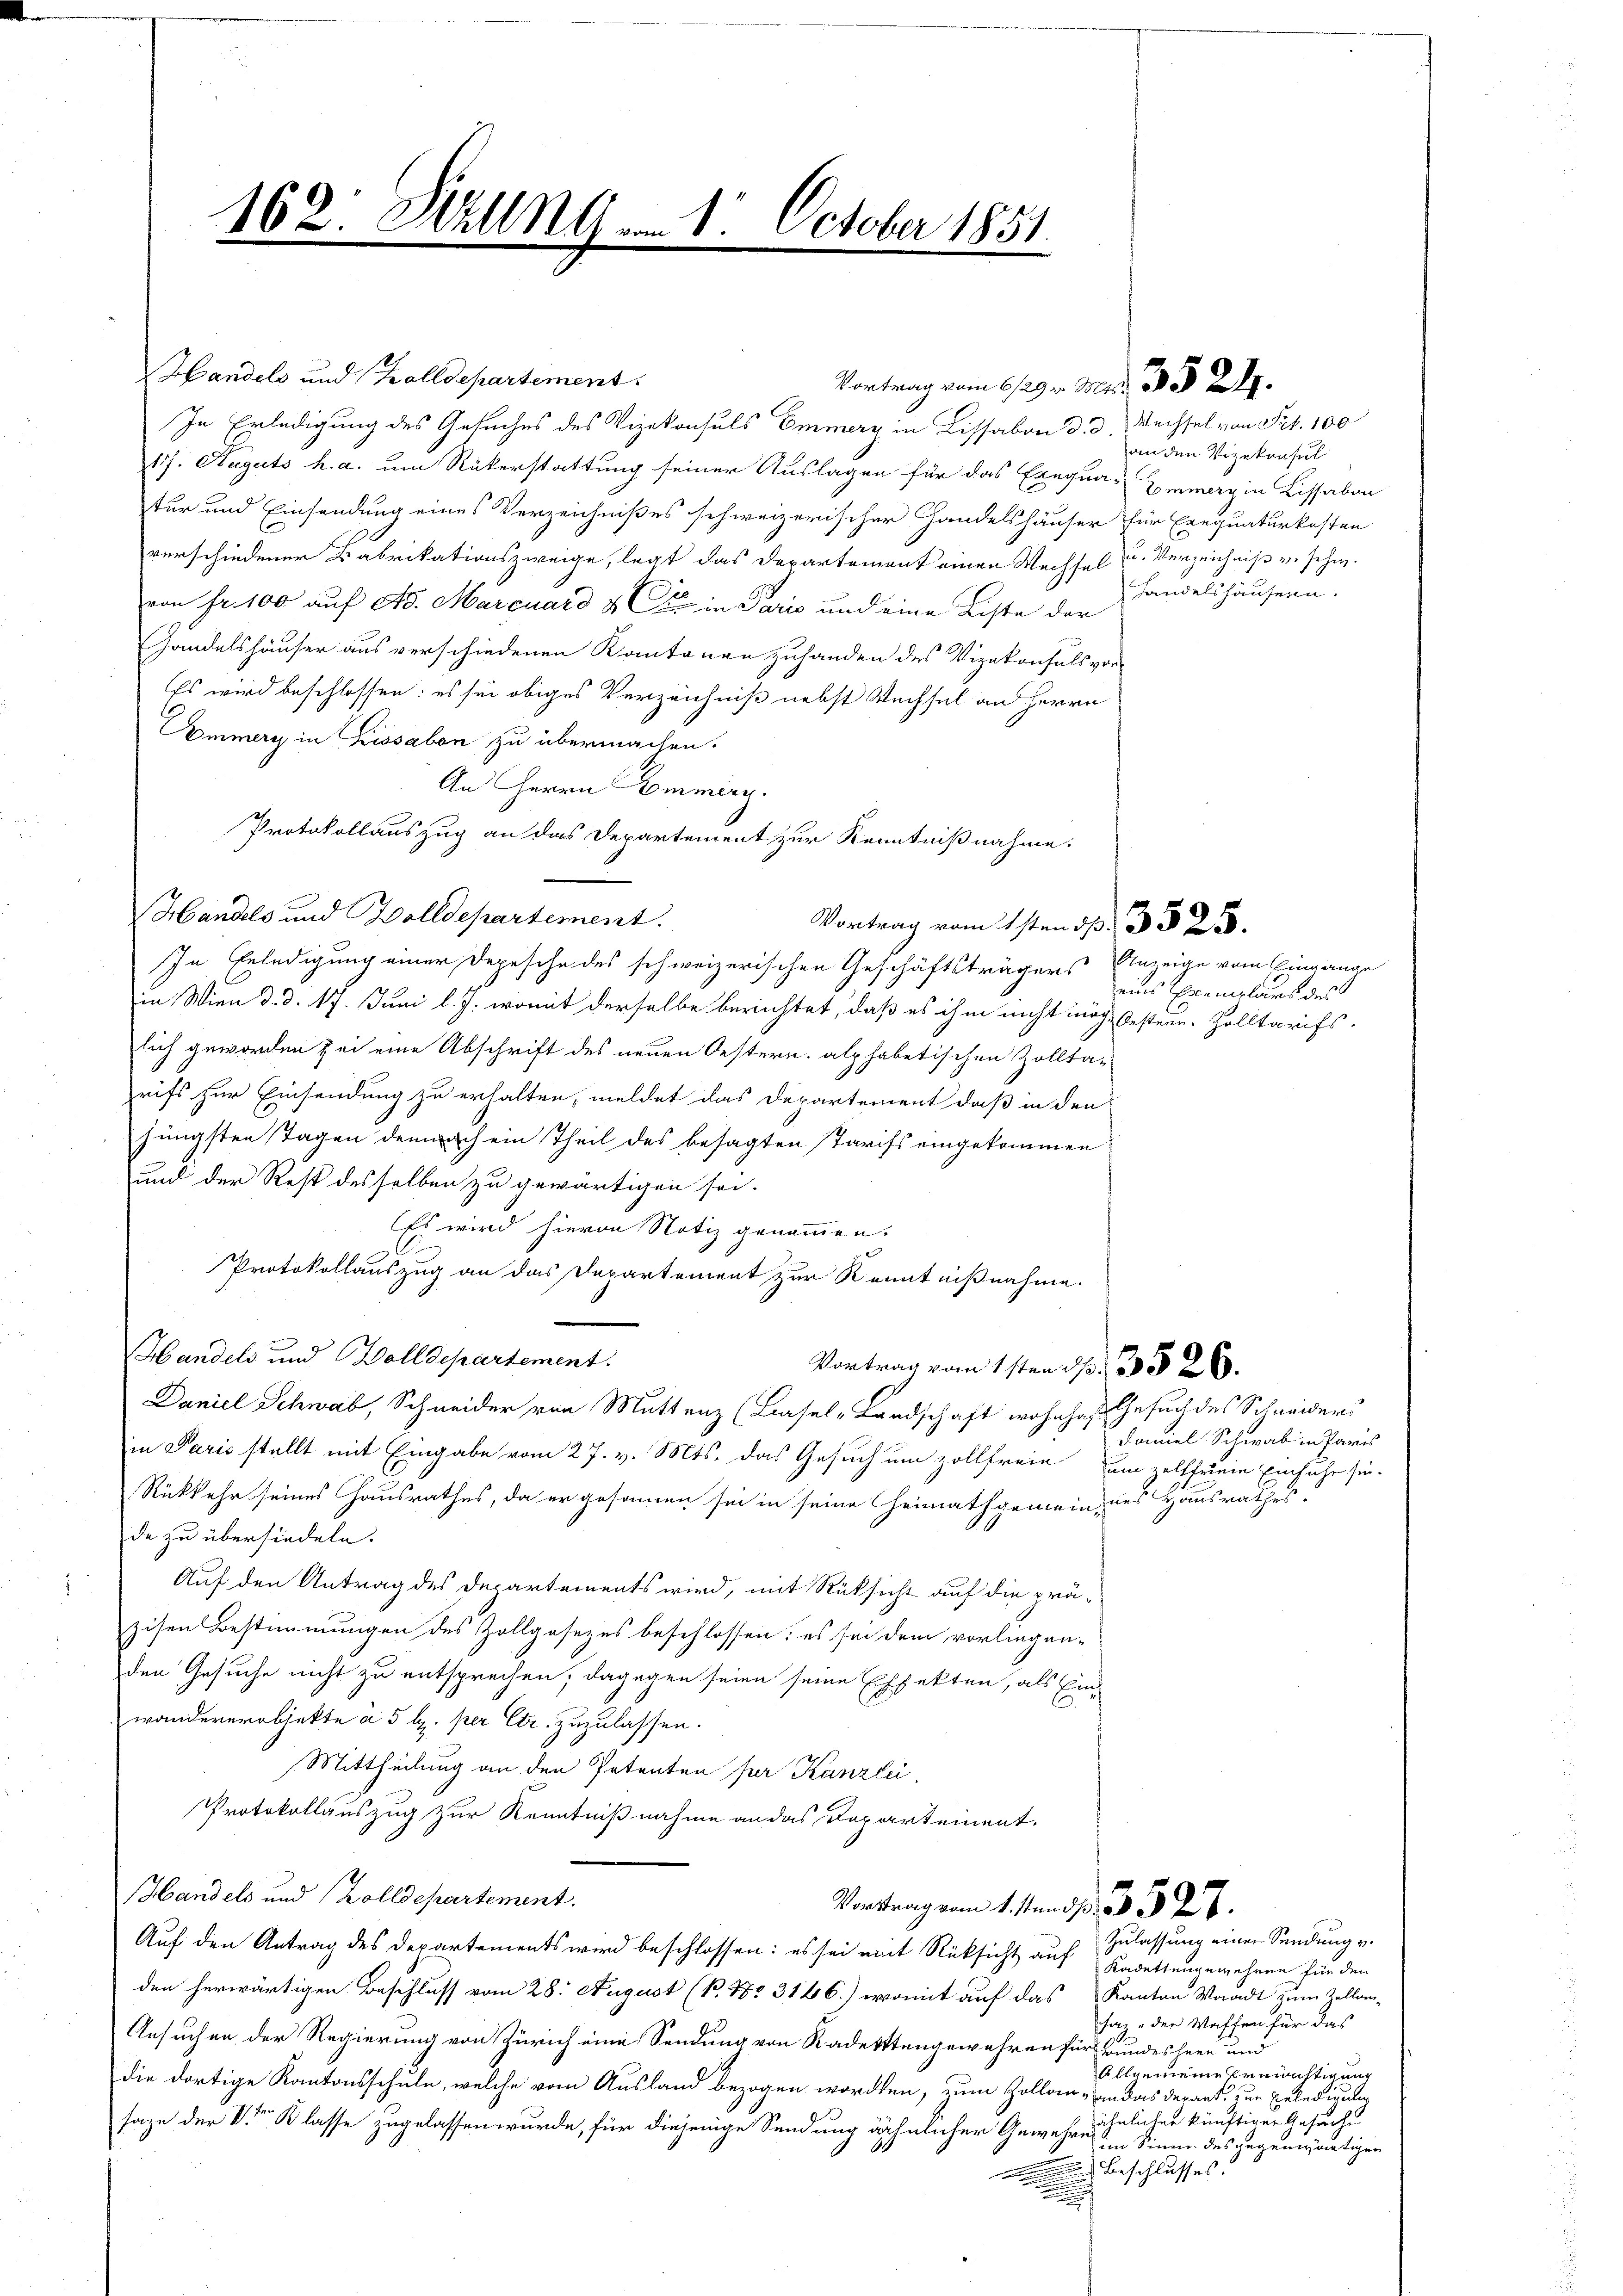
162. Wallig am 1. October 1851.

Handels und Zolldepartement
In Erledigung des Gesuches des Vizekonsuls Emmerg in Lissabon d. d. Wechsel von Frk. 100
17. Auguts h. a. um Rükerstattung seiner Auslagen für das Exequas Zimerg in Lissabon
tur und Einsendung eines Verzeichnißes schweizerischer Handelshäuser für Exequaturkosten
verschiedener Babrikationszweige, legt das Departement einen Wechsel u. Verzeichniß u. schw.
von fr. 100 auf Ao. Marcuard & Cie in Paris und eine Liste der
Handelshäuser aus verschiedenen Kantonen zuhanden des Vizekonsuls vor¬
Es wird beschlossen: es sei obiges Verzeichniß nebst Wechsel an Herrn
Commers in Lissaben zu übermachen.
An Herrn Emmern.
Handels und Bolldepartement.
In Erledigung einer Depesche des schweizerischen Geschäftsträgers Anzeige vom Eingange
in Wien d. d. 17. Juni l. J. womit derselbe berichtet, daß es ihm nicht mög- besteur. Zolltarifs-
lich geworden zei eine Abschrift des neuen Oestern. alphabetischen Zollta-
rifs zur Einsendung zu erhalten, meldet das Departement daß in den
jüngsten Tagen demnach ein Theil des besagten Tarifs eingekommen
und der Rest desselben zu gewärtigen sei.
Es wird hievon Notiz genommen.
Protokollauszug an das Departement zur Kenntnißnahme.
Handels und Volldepartement.
Vortrag vom 1sten p. 3526.
Daniel Schwab, Schneider von Muttenz (Basel-Landschaft wohnhaft Gesuch des Schneiders
in Paris stellt mit Eingabe vom 27. v. Mts. das Gesuch um zollfreie um zelfferein Einfuhr sei-
Rükkehr seines Hausrathes, da er gesammen sei in seine Heimathgemein, des Hausrathes
de zu übersiedeln.
Auf den Antrag des Departements wird, mit Rüksicht auf die präzisen Bestimmungen des Zollgasezes beschlossen: es sei dem vorliegen-
den Gesuche nicht zu entsprechen, dagegen seien seine Effekten, als Ein-
wandererobjekte à 5 l. per Ctr. zuzulassen.
Mittheilung an den Patenten per Kanzlei,
Protokollauszug zur Kenntnißnahme an das Departement.
Handels und (Zolldepartement.
Vortrag vom 1. sten s. 3. 528.
Auf den Antrag des Departements wird beschlossen: es sei mit Rüksicht auf Badettengewehren für den
den herwärtigen Beschluss vom 28. August (B. No 3146) womit auf das Kanton Waadt zum Zellan-
Ansuchen der Regierung von Zürich eine Sendung von Kadettengewahren für Bundesheer und
die dortige Kantonsschule, welche vom Ausland bezogen worden, zum Zollorn, an das derart zur Erledigung
Tage der Stern Klasse zugelassen wurde, für diejenige Sendung ähnlicher Gewehrnähnlichen künftiger Gesuche
Beschlusses.
.

Protokollauszug an das Departement zur Kenntnißnahme:
Vortrag vom 1sten 3 p. 3 525.

Vortrag vom 29. v. Mts. 332.

an den Vizekonsul
Handelshäusern.

eins Exemplars des

Daniel Schwab in Paris

Zulassung einer Sendung v.
saz der Waffen für das
Allgemeine Ermächtigung
im Sinne des gegenwärtigen